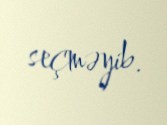
seçməyib.